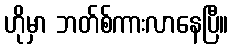
ဟိုမှာ ဘတ်စ်ကားလာနေပြီ။